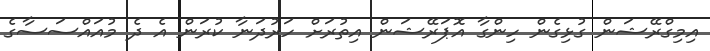
އިމިގްރޭޝަން ގުޅިގެން ހިންގާ އޮޕަރޭޝަން އިތުރަށް ހަރުދަނާ ކުރަން އެ ދެ މުއައްސަސާގެ